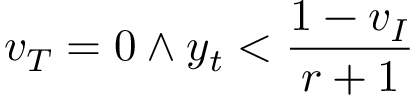
v _ { T } = 0 \land y _ { t } < \frac { 1 - v _ { I } } { r + 1 }